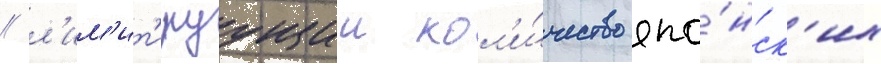
/ л'им'ит'ируущии кол'и́чество япо́нск'их